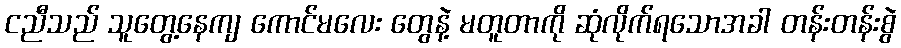
ငညီသည် သူတွေ့နေကျ ကောင်မလေး တွေနဲ့ မတူတာကို ဆုံလိုက်ရသောအခါ တန်းတန်းစွဲ